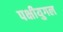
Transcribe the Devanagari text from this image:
पक्षीयुगल